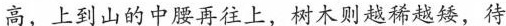
高，上到山的中腰再往上，树木则越稀越矮，待